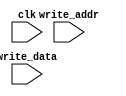
// `include "pa_execute.v"

module writeback(input [4:0] write_addr,
                 input [31:0] write_data,
                 input clk);
   reg [31:0]          regfile [31:0];

   // In future, I will include a code block to read regfile contents
   // from a file. For now, regfile is used just to mimic storing
   // of values.
   
   always @ (posedge clk) begin
    // store value in regfile.
      regfile[write_addr] = write_data;
      
    // display write address and write data.
      $strobe("(instr-writeback (:write-addr %d :write-data %d))",
              write_addr, write_data);
   end
endmodule // writeback

// module tb_writeback;
//    wire [31:0] instr;
//    wire [31:0] counter;
//    wire [4:0]  write_dest;
//    wire [31:0] read_reg_1;
//    wire [31:0] read_reg_2;
//    wire [31:0] aluresult;
//    reg [1:0]   opcode;
//    reg         clk1;
//    reg         clk2;
//    reg         clk3;
//    reg         clk4;
// 
//    fetch m0(instr, counter, clk1);
//    decode m1(write_dest, read_reg_1, read_reg_2, instr, clk2);
//    execute m2(aluresult, read_reg_1, read_reg_2, opcode, clk3);
//    writeback m3(write_dest, aluresult, clk4);
// 
//    initial begin
//       clk1 = 0;
//       clk2 = 0;
//       clk3 = 0;
//       clk4 = 0;
//       opcode = 2'b00;
// 
//       #32 $finish;
//    end
// 
//    always #1 begin
//       clk1 = ~clk1;
//       clk2 = ~clk2;
//       clk3 = ~clk3;
//       clk4 = ~clk4;
//    end
// 
//    always #2 $strobe("\n");
// endmodule // tb_writeback